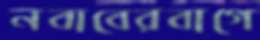
নবাবেরবাগে